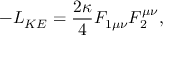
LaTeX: - { \cal L } _ { K E } = { \frac { 2 \kappa } { 4 } } F _ { 1 \mu \nu } F _ { 2 } ^ { \mu \nu } ,